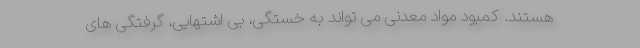
هستند. کمبود مواد معدنی می تواند به خستگی، بی اشتهایی، گرفتگی های